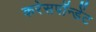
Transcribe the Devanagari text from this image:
करेसपॉन्डेंट